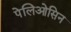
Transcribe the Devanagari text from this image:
पेलिओसिन